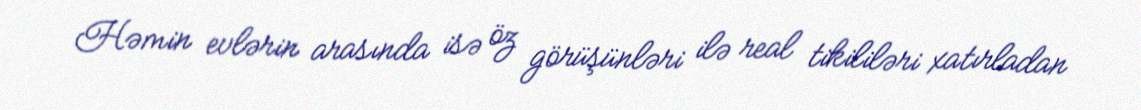
Həmin evlərin arasında isə öz görüşünləri ilə real tikililəri xatırladan